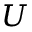
U